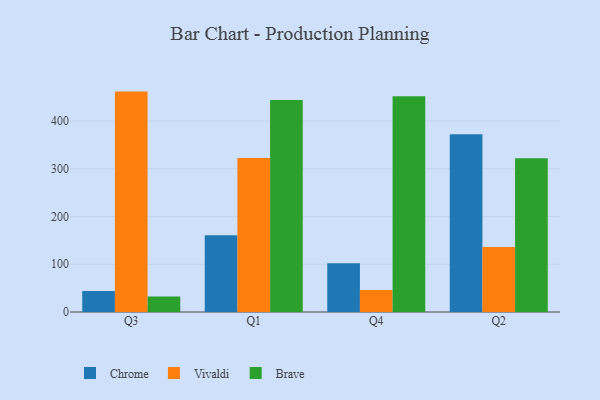
{"axis": {"x": "Quarter", "y": "Active Users"}, "legend": ["Brave", "Chrome", "Vivaldi"], "data": [{"x": "Q3", "y": 44.1, "type": "Chrome"}, {"x": "Q3", "y": 461.6, "type": "Vivaldi"}, {"x": "Q3", "y": 32.5, "type": "Brave"}, {"x": "Q1", "y": 160.7, "type": "Chrome"}, {"x": "Q1", "y": 322.6, "type": "Vivaldi"}, {"x": "Q1", "y": 444.1, "type": "Brave"}, {"x": "Q4", "y": 102.1, "type": "Chrome"}, {"x": "Q4", "y": 46.2, "type": "Vivaldi"}, {"x": "Q4", "y": 451.9, "type": "Brave"}, {"x": "Q2", "y": 372.2, "type": "Chrome"}, {"x": "Q2", "y": 136.1, "type": "Vivaldi"}, {"x": "Q2", "y": 322.2, "type": "Brave"}]}